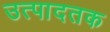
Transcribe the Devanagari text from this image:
उत्पादतक